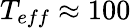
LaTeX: T_{eff}\approx 100